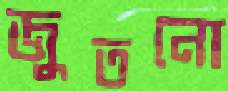
জুতনো